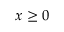
x \ge 0